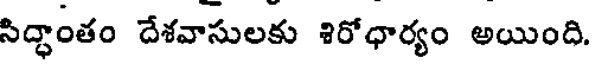
సిద్ధాంతం దేశవాసులకు శిరోధార్యం అయింది.